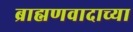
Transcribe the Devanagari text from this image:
ब्राह्मणवादाच्या